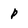
Character: p